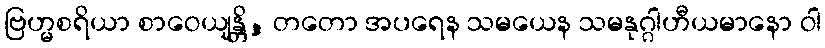
ဗြဟ္မစရိယာ စာဝေယျန္တိ, တတော အပရေန သမယေန သမနုဂ္ဂါဟီယမာနော ဝါ